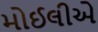
મોઈલીએ